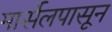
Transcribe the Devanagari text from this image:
मार्सेलपासून